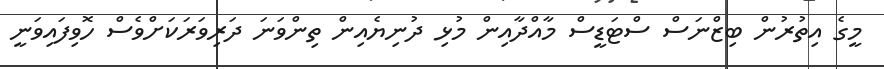
މީގެ އިތުރުން ބިޒްނަސް ސްޓަޑީސް މާއްދާއިން މުޅި ދުނިޔެއިން ތިންވަނަ ދަރިވަރަކަށްވެސް ހޮވިފައިވަނީ